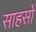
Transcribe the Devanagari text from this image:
साहसों